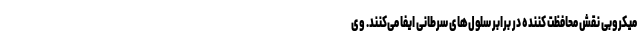
میکروبی نقش محافظت کننده در برابر سلول‌های سرطانی ایفا می‌کنند. وی